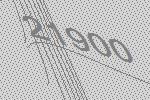
21900